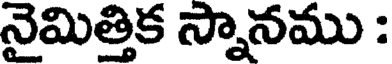
నైమిత్తిక స్నానము :